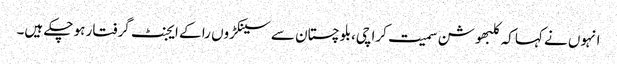
انہوں نے کہا کہ کلبھوشن سمیت کراچی،بلوچستان سے سینکڑوں را کے ایجنٹ گرفتار ہو چکے ہیں۔